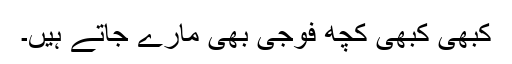
کبھی کبھی کچھ فوجی بھی مارے جاتے ہیں۔